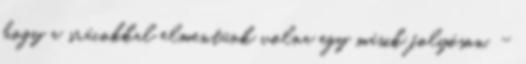
hogy a srácokkal elmentünk volna egy másik folyóson. -